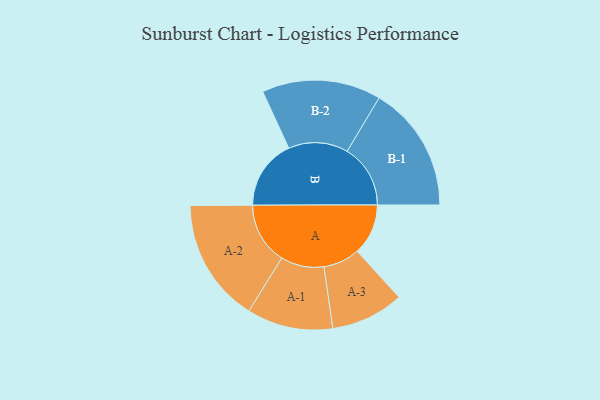
{"axis": {"x": "Segment", "y": "Value"}, "legend": ["", "A", "B"], "data": [{"x": "A", "y": 219, "type": ""}, {"x": "B", "y": 301, "type": ""}, {"x": "A-1", "y": 185, "type": "A"}, {"x": "A-2", "y": 266, "type": "A"}, {"x": "A-3", "y": 157, "type": "A"}, {"x": "B-1", "y": 272, "type": "B"}, {"x": "B-2", "y": 256, "type": "B"}]}